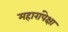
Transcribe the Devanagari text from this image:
महारांपेक्षा